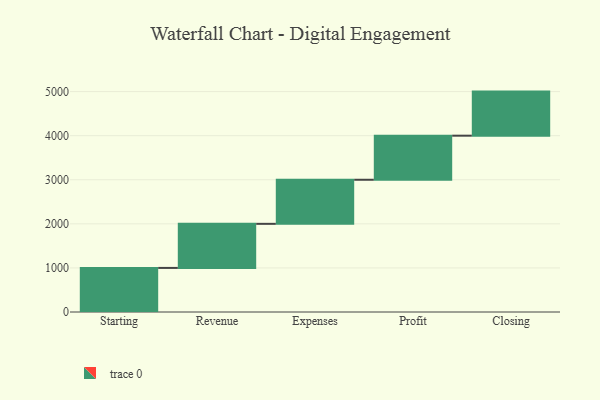
{"axis": {"x": "Step", "y": "Value"}, "legend": [""], "data": [{"x": "Starting", "y": 1000, "type": ""}, {"x": "Revenue", "y": 1000, "type": ""}, {"x": "Expenses", "y": 1000, "type": ""}, {"x": "Profit", "y": 1000, "type": ""}, {"x": "Closing", "y": 1000, "type": ""}]}